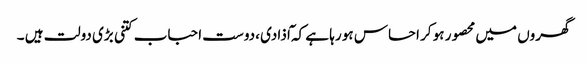
گھروں میں محصور ہو کر احساس ہو رہا ہے کہ ٓاذادی ،دوست احباب کتنی بڑی دولت ہیں ۔